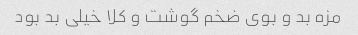
مزه بد و بوی ضخم گوشت و کلا خیلی بد بود